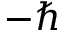
- \hbar